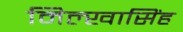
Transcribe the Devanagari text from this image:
मिल्खासिंह